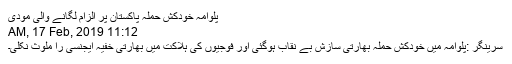
پلوامہ خودکش حملہ پاکستان پر الزام لگانے والی مودی
11:12 AM, 17 Feb, 2019
سرینگر :پلوامہ میں خودکش حملہ بھارتی سازش بے نقاب ہوگئی اور فوجیوں کی ہلاکت میں بھارتی خفیہ ایجنسی را ملوث نکلی۔